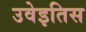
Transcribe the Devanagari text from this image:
उवेइतिस